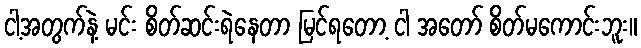
ငါ့အတွက်နဲ့ မင်း စိတ်ဆင်းရဲနေတာ မြင်ရတော့ ငါ အတော် စိတ်မကောင်းဘူး။